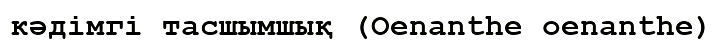
кәдімгі тасшымшық (Oenanthe oenanthe)